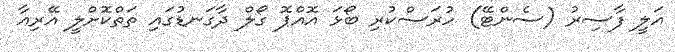
އަލީ ފާސިރު (ސެންޓޭ) ހުރަސްކުރި ބޯޅަ އޮއްޕޮ ގޯލް ދާގަނޑުގައި ތަތްކޮށްލީ އޭރިއާ